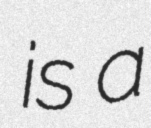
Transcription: is a